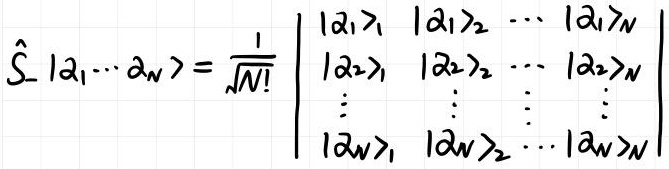
$\hat{S}_{-}|\alpha_{1} \cdots \alpha_{N}\rangle=\frac{1}{\sqrt{N!}}\left|\begin{array}{cccc}|\alpha_{1}\rangle_{1} & |\alpha_{1}\rangle_{2} & \cdots & |\alpha_{1}\rangle_{N} \\ |\alpha_{2}\rangle_{1} & |\alpha_{2}\rangle_{2} & \cdots & |\alpha_{2}\rangle_{N} \\ \vdots & \vdots & \vdots & \vdots \\ |\alpha_{N}\rangle_{1} & |\alpha_{N}\rangle_{2} & \cdots & |\alpha_{N}\rangle_{N}\end{array}\right|$